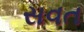
સવત